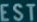
EST